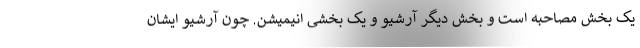
یک بخش مصاحبه است و بخش دیگر آرشیو و یک بخشی انیمیشن. چون آرشیو ایشان